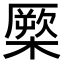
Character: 橜